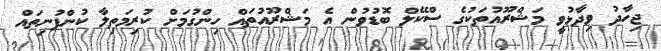
ޖިހާދު ވިދާޅުވީ މަޝްރޫއުތަކުގެ ސްކޭލް ބޮޑުވުން އެ މަޝްރޫއުތައް ހިންގުމަށް ކުރިމަތިލާ ކުންފުނިތައް